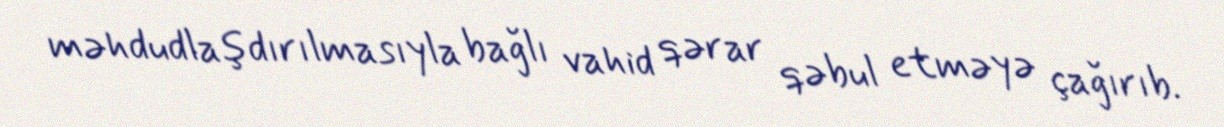
məhdudlaşdırılmasıyla bağlı vahid qərar qəbul etməyə çağırıb.